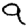
Digit: 9